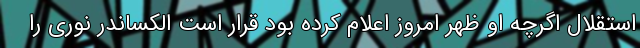
استقلال اگرچه او ظهر امروز اعلام کرده بود قرار است الکساندر نوری را